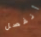
أنفصل